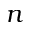
n